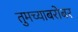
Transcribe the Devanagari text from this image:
तुमच्याबरोबर